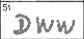
Transcription: DWW